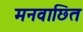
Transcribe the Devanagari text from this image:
मनवाछित